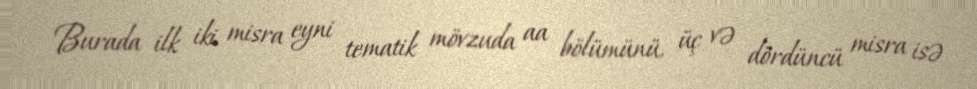
Burada ilk iki misra eyni tematik mövzuda aa bölümünü, üç və dördüncü misra isə